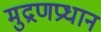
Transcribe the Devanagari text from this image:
मुद्रणप्रधान